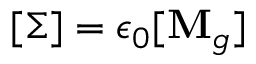
[ \Sigma ] = \epsilon _ { 0 } [ \mathbf { M } _ { g } ]